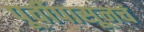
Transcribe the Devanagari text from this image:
पूर्वीपासूनचं